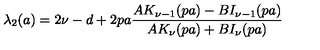
\lambda _ { 2 } ( a ) = 2 \nu - d + 2 p a \frac { A K _ { \nu - 1 } ( p a ) - B I _ { \nu - 1 } ( p a ) } { A K _ { \nu } ( p a ) + B I _ { \nu } ( p a ) }